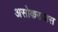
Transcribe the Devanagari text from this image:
असोकराजस